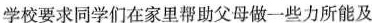
学校要求同学们在家里帮助父母做一些力所能及